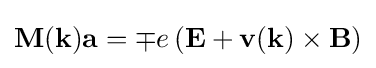
\mathbf {M} (\mathbf {k} )\mathbf {a} =\mp e\left(\mathbf {E} +\mathbf {v} (\mathbf {k} )\times \mathbf {B} \right)